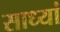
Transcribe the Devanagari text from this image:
साध्यां